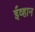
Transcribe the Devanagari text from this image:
ईव्हान